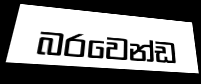
බරවෙන්ඩ